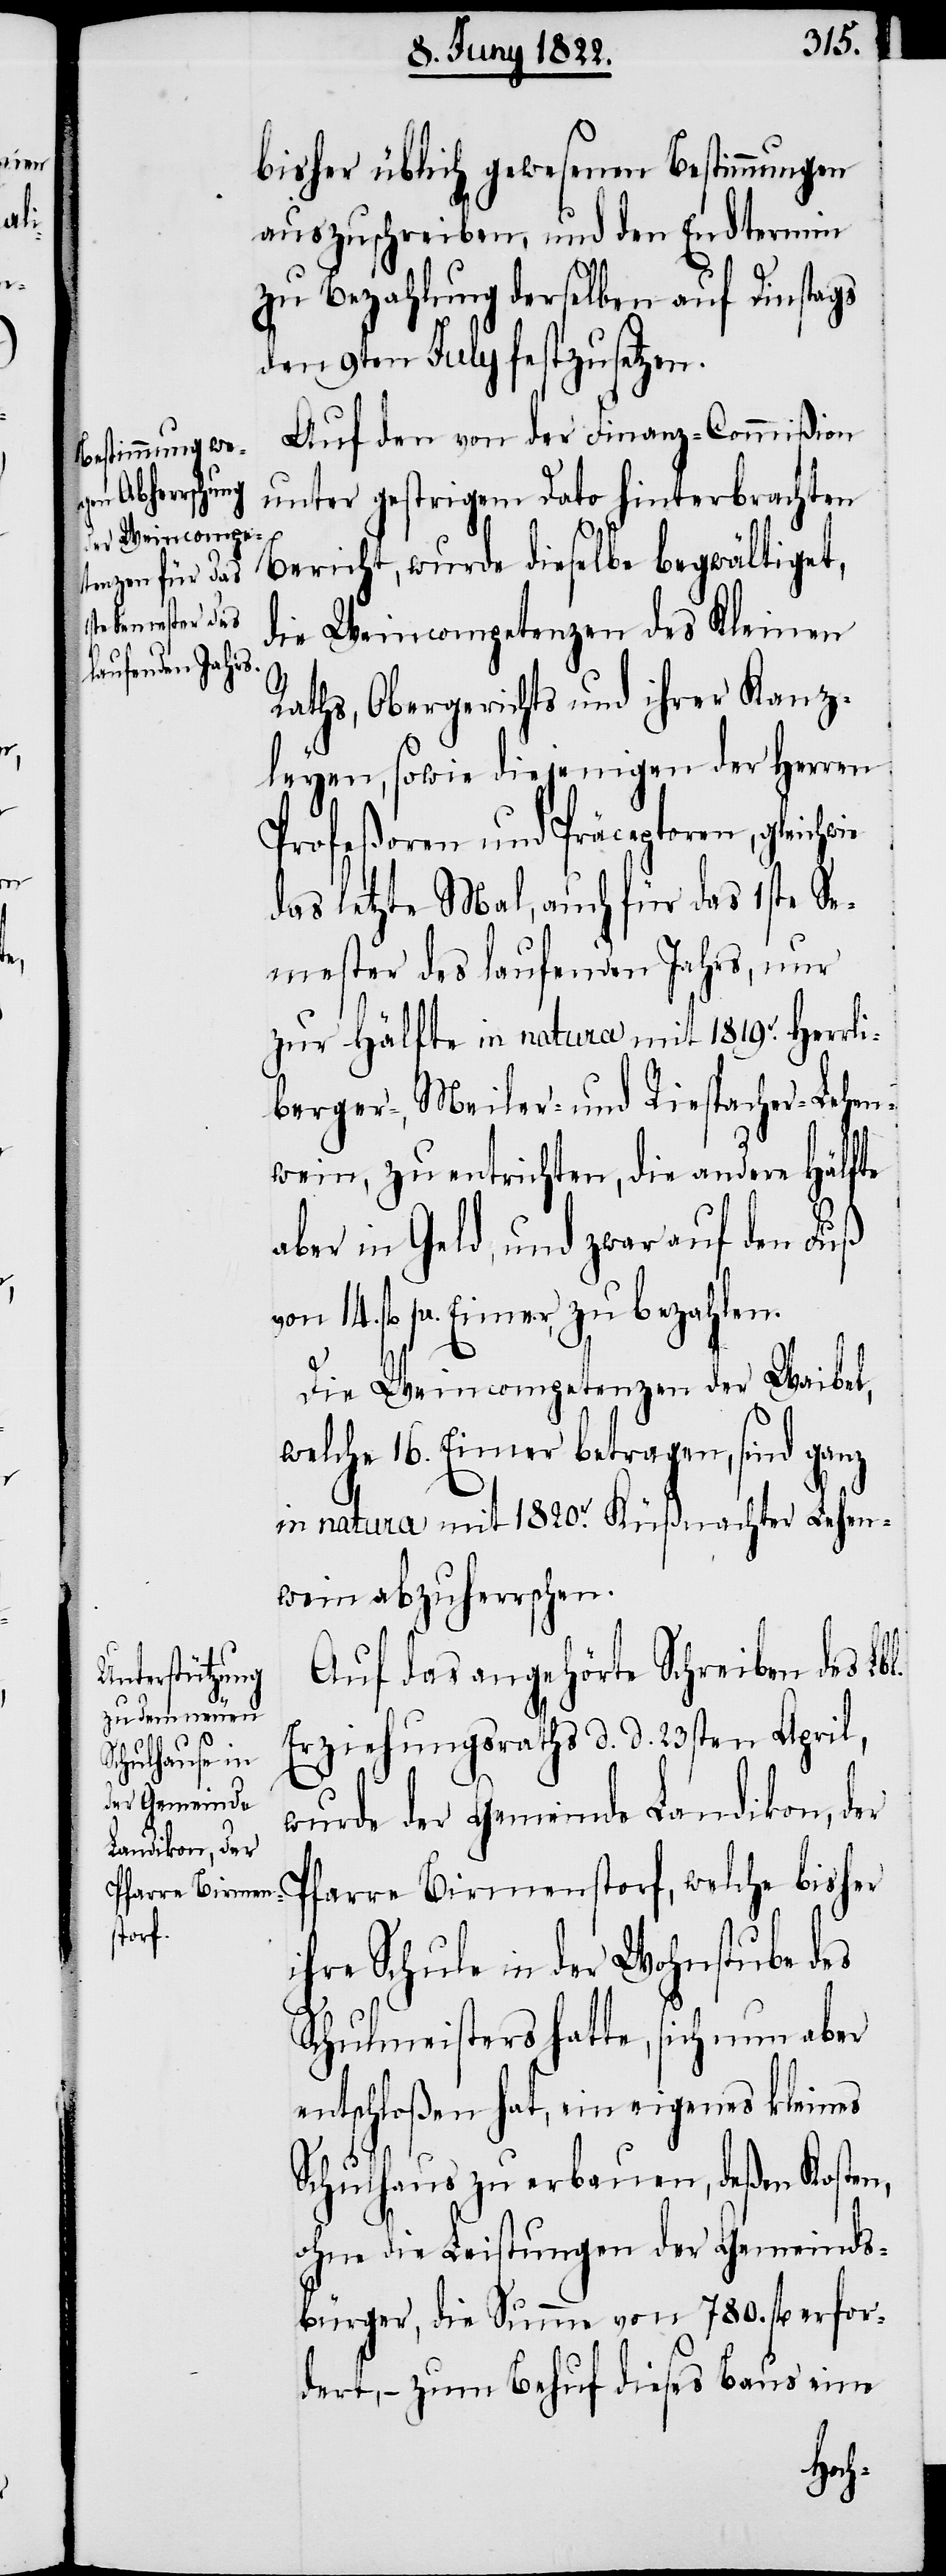
wie

bisher üblich gewesenen Bestimmungen
auszuschreiben, und den Endtermin
zu Bezahlung derselben auf Dinstags
den 9ten July festzusetzen.
Auf den von der Finanz-Commißion
unter gestrigem Dato hinterbrachten
Bericht, wurde dieselbe begwältiget,
die Weincompetenzen des Kleinen
Raths, Obergerichts und ihrer Kanz¬
leyen, sowie diejenigen der Herrn
Profeßoren und Präceptoren, gleich¬
das letzte Mal, auch für das 1ste Se¬
mester des laufenden Jahrs, nur
zur Hälfte in natura mit 1819. Herrli¬
berger-, Meiler- und Riespacher-Lehen¬
wein, zu entrichten, die andere Hälfte
aber in Geld, und zwar auf den Fuß
von 14. fl. pr. Eimer, zu bezahlen.
Die Weincompetenzen der Waibel,
welche 16. Eimer betragen, sind ganz
in natura mit 1820. Küßnachter Lehen¬
wein abzuherrschen.
Auf das angehörte Schreiben des Lb¬
Erziehungsraths d. d. 23sten April,
l.
wurde der Gemeinde Landikon, der
Pfarre Birmenstorf, welche bisher
ihre Schule in der Wohnstube des
Schulmeisters hatte, sich nun aber
entschloßen hat, ein eigenes kleines
Schulhaus zu erbauen, deßen Kosten,
ohne die Leistungen der Gemeinds¬
bürger, die Summe von 780. fl. erfor¬
dert, – zum Behuf dieses Baus eine